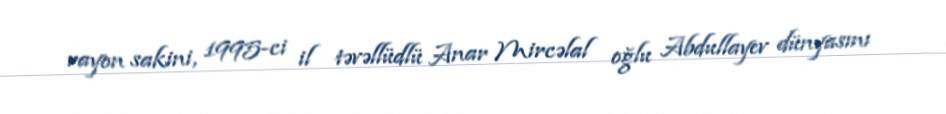
rayon sakini, 1995-ci il təvəllüdlü Anar Mircəlal oğlu Abdullayev dünyasını